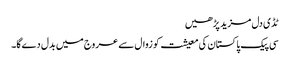
ٹڈی دل مزید پڑھیں
سی پیک پاکستان کی معیشت کو زوال سے عروج میں بدل دےگا۔